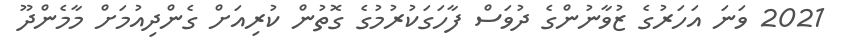
2021 ވަނަ އަހަރުގެ ޒުވާނުންގެ ދުވަސް ފާހަގަކުރުމުގެ ގޮތުން ކުރިއަށް ގެންދިއުމަށް މާމެންދޫ